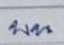
บน